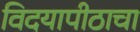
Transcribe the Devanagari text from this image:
विदयापीठाचा